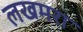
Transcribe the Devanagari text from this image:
लखमरा